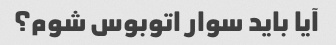
آیا باید سوار اتوبوس شوم؟